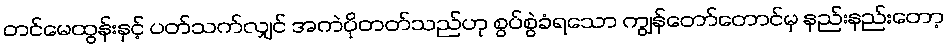
တင်မေထွန်းနှင့် ပတ်သက်လျှင် အကဲပိုတတ်သည်ဟု စွပ်စွဲခံရသော ကျွန်တော်တောင်မှ နည်းနည်းတော့